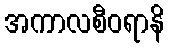
အကာလစီဝရာနိ